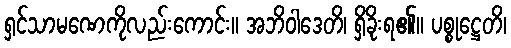
ရှင်သာမဏေကိုလည်းကောင်း။ အဘိဝါဒေတိ၊ ရှိခိုးရ၏။ ပစ္စုဋ္ဌေတိ၊